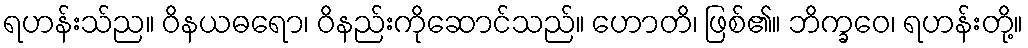
ရဟန်းသ်ည။ ဝိနယဓရော၊ ဝိနည်းကိုဆောင်သည်။ ဟောတိ၊ ဖြစ်၏။ ဘိက္ခဝေ၊ ရဟန်းတို့။